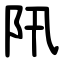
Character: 阠